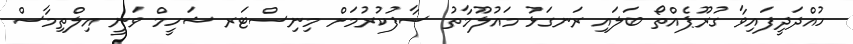
ހުއްދަދީފައިވާ ގުރޫޕެއްތޯ ބަލައި ރަނގަޅު މައުލޫމާތު ސާފުކުރުމަށް މިނިސްޓަރ ޝަހީމް ވަނީ އިލްތިމާސް